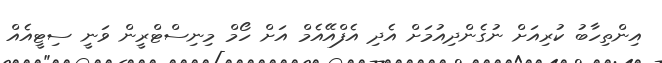
އިންތިހާބު ކުރިއަށް ނުގެންދިއުމަށް އެދި އެފްއޭއެމް އަށް ހޯމް މިނިސްޓްރީން ވަނީ ސިޓީއެއް